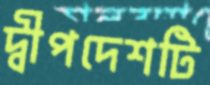
দ্বীপদেশটি